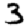
Digit: 3